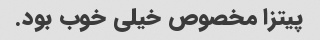
پیتزا مخصوص خیلی خوب بود.